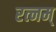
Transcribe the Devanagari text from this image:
रत्नम्‌